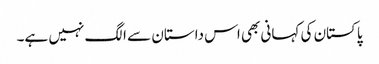
پاکستان کی کہانی بھی اس داستان سے الگ نہیں ہے۔